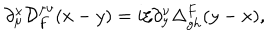
LaTeX: \partial _ { \mu } ^ { x } { \cal D } _ { F } ^ { \mu \nu } ( x - y ) = i \xi \partial _ { y } ^ { \nu } \Delta _ { g h } ^ { F } ( y - x ) ,